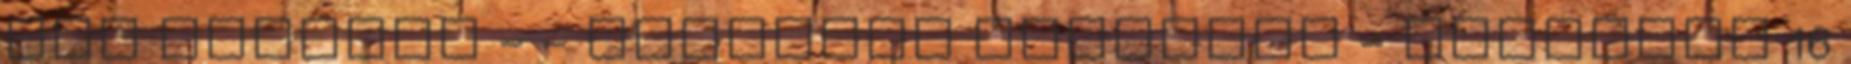
itt vagyunk - - Belépett tagjaink - Jelenleg 16